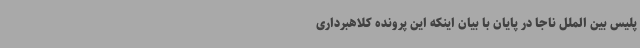
پلیس بین الملل ناجا در پایان با بیان اینکه این پرونده کلاهبرداری